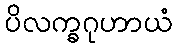
ပိလက္ခဂုဟာယံ